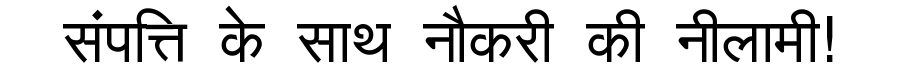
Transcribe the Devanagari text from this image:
संपत्ति के साथ नौकरी की नीलामी!